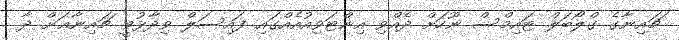
ޗައިނާގެ ގްލޯބަލް ޓައިމްސް ނޫހަށް ދެއްވި އިންޓަވިއުއެއްގައި ފައިސަލް ވިދާޅުވީ ޗައިނާޢަށް ދާ